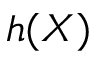
h ( X )